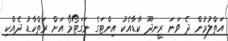
އަތްލުމުން ދެ ވަނަ ރީނދޫ ކާޑާއެކު އިންޓަގެ ނަގަޓޯމޯ އަށް ރަތްކާޑު ދެއްކި